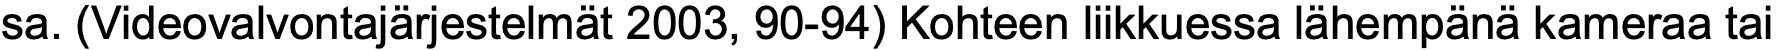
sa. (Videovalvontajärjestelmät 2003, 90-94) Kohteen liikkuessa lähempänä kameraa tai